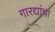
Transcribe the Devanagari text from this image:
गारद्यांचा